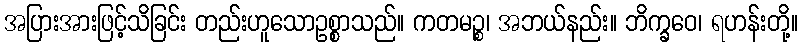
အပြားအားဖြင့်သိခြင်း တည်းဟူသောဥစ္စာသည်။ ကတမဉ္စ၊ အဘယ်နည်း။ ဘိက္ခဝေ၊ ရဟန်းတို့။